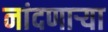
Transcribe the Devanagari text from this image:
नांदणाऱ्या